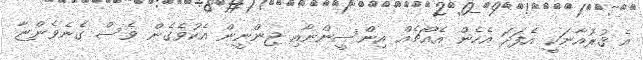
އެ ޤުރުއާނަކީ އެފަދަ އެހެން އެއްޗެއް އިންސީންނާއި ޖިންނީން އެކުވެގެން ވެސް ގެނެވެންޏާ